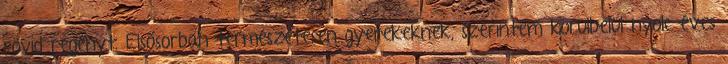
rövid regényt. Elsősorban természetesen gyerekeknek, szerintem körülbelül nyolc éves